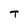
Character: T